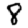
Digit: 8